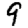
Digit: 9